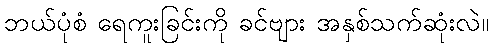
ဘယ်ပုံစံ ရေကူးခြင်းကို ခင်ဗျား အနှစ်သက်ဆုံးလဲ။